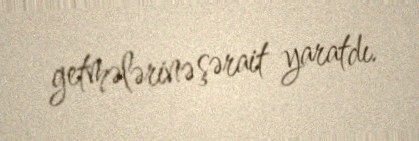
getmələrinə şərait yaratdı.